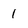
Character: 1